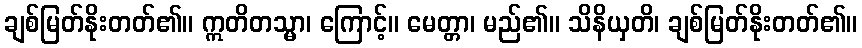
ချစ်မြတ်နိုးတတ်၏။ ဣတိတသ္မာ၊ ကြောင့်။ မေတ္တာ၊ မည်၏။ သိနိယှတိ၊ ချစ်မြတ်နိုးတတ်၏။